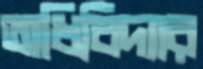
অধিবিদ্যার